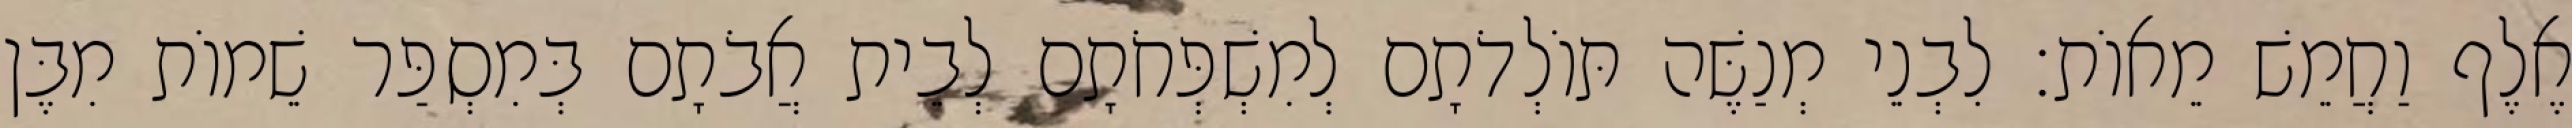
אֶלֶף וַחֲמֵשׁ מֵאוֹת׃ לִבְנֵי מְנַשֶּׁה תּוֹלְדֹתָם לְמִשְׁפְּחֹתָם לְבֵית אֲבֹתָם בְּמִסְפַּר שֵׁמוֹת מִבֶּן